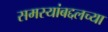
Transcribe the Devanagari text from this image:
समस्यांबद्दलच्या